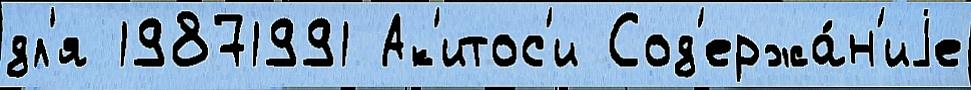
дл'я 19871991 Ак'итос'и Сод'ержа́н'иjе